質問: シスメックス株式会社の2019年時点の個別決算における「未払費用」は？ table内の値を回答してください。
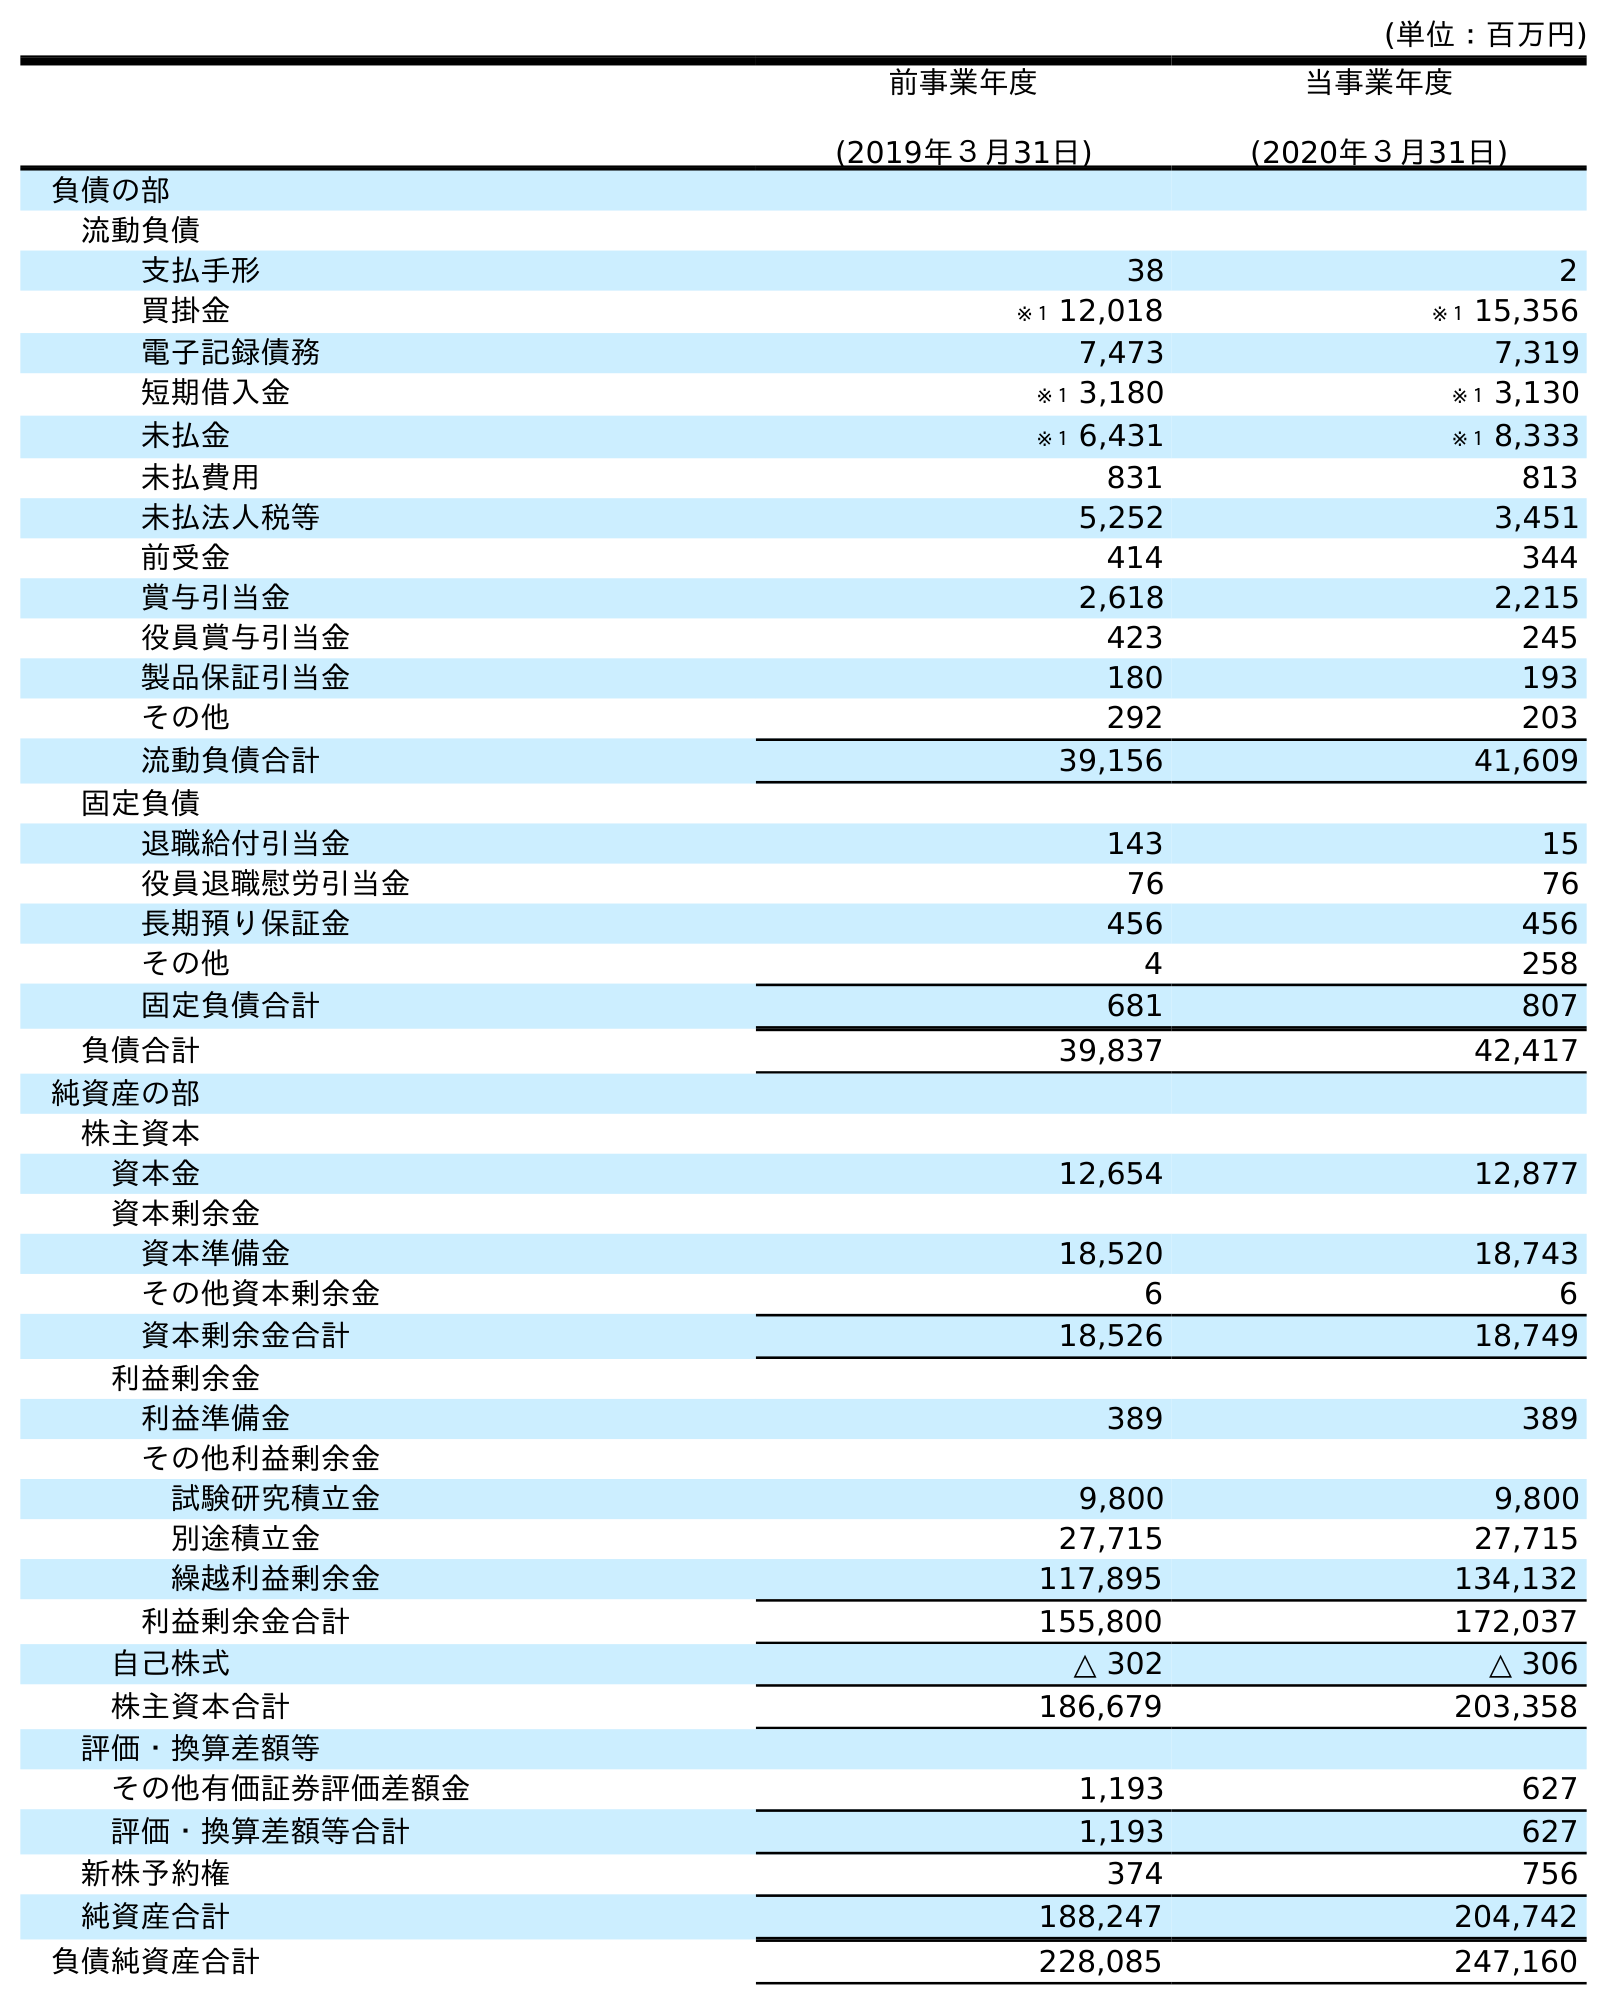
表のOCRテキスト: (単位：百万円) 前事業年度 (2019年３月31日) 当事業年度 (2020年３月31日) 負債の部 流動負債 支払手形 38 2 買掛金 ※１ 12,018 ※１ 15,356 電子記録債務 7,473 7,319 短期借入金 ※１ 3,180 ※１ 3,130 未払金 ※１ 6,431 ※１ 8,333 未払費用 831 813 未払法人税等 5,252 3,451 前受金 414 344 賞与引当金 2,618 2,215 役員賞与引当金 423 245 製品保証引当金 180 193 その他 292 203 流動負債合計 39,156 41,609 固定負債 退職給付引当金 143 15 役員退職慰労引当金 76 76 長期預り保証金 456 456 その他 4 258 固定負債合計 681 807 負債合計 39,837 42,417 純資産の部 株主資本 資本金 12,654 12,877 資本剰余金 資本準備金 18,520 18,743 その他資本剰余金 6 6 資本剰余金合計 18,526 18,749 利益剰余金 利益準備金 389 389 その他利益剰余金 試験研究積立金 9,800 9,800 別途積立金 27,715 27,715 繰越利益剰余金 117,895 134,132 利益剰余金合計 155,800 172,037 自己株式 △ 302 △ 306 株主資本合計 186,679 203,358 評価・換算差額等 その他有価証券評価差額金 1,193 627 評価・換算差額等合計 1,193 627 新株予約権 374 756 純資産合計 188,247 204,742 負債純資産合計 228,085 247,160
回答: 831